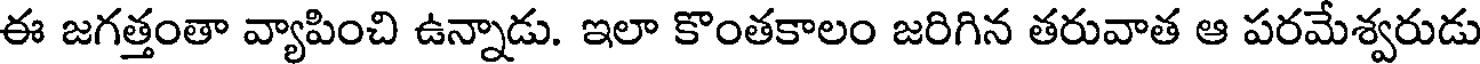
ఈ జగత్తంతా వ్యాపించి ఉన్నాడు. ఇలా కొంతకాలం జరిగిన తరువాత ఆ పరమేశ్వరుడు